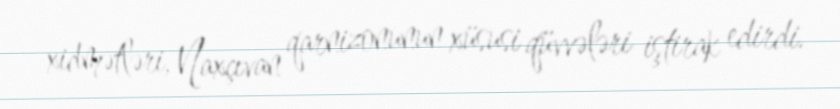
xidmətləri, Naxçıvan qarnizonunun xüsusi qüvvələri iştirak edirdi.